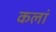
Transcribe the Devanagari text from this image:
कलां